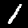
Label: 1